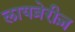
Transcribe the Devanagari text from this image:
लायब्रेरीज़